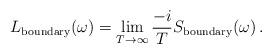
LaTeX: \begin{align*}L_{{\rm boundary}}(\omega) = \lim_{T\to\infty} \frac{-i}{T}S_{{\rm boundary}}(\omega) \,.\end{align*}